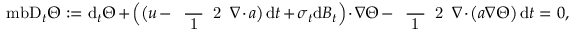
\mathrm { \ m b { D } } _ { t } \Theta : = \mathrm { d } _ { t } \Theta + \Big ( \big ( \boldsymbol { u } - \mathrm { ~ \scriptsize ~ \frac ~ { ~ 1 ~ } ~ { ~ 2 ~ } ~ } \boldsymbol { \nabla } \boldsymbol { \cdot } \boldsymbol { a } \big ) \, \mathrm { d } t + \boldsymbol { \sigma } _ { t } \mathrm { d } \boldsymbol { B } _ { t } \Big ) \boldsymbol { \cdot } \boldsymbol { \nabla } \Theta - \mathrm { ~ \scriptsize ~ \frac ~ { ~ 1 ~ } ~ { ~ 2 ~ } ~ } \boldsymbol { \nabla } \boldsymbol { \cdot } \big ( \boldsymbol { a } \boldsymbol { \nabla } \Theta \big ) \, \mathrm { d } t = 0 ,